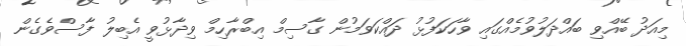
މިއަދު ބޭއްވި ބައްދަލުވުމެއްގައި ވާހަކަފުޅު ދައްކަވަމުން ގާސިމް އިބްރާހިމް ވިދާޅުވީ އެބިލު ފާސްވެގެން